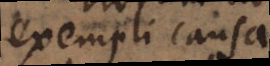
exempli causa